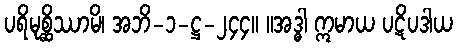
ပရိမုစ္ဆိဿာမိ၊ အဘိ-၁-ဋ္ဌ-၂၄၄။ ။အဒ္ဓါ ဣမာယ ပဋိပဒါယ